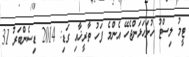
ޓީމު ލިސްޓު ހުށަހަޅަންޖެހޭ އެންމެ ފަހު ތާރީޚާއި ގަޑި: 2014 ޑިސެންބަރު 31